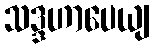
သဒ္ဒဟာပေယျ